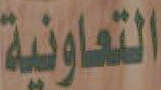
التعاونية